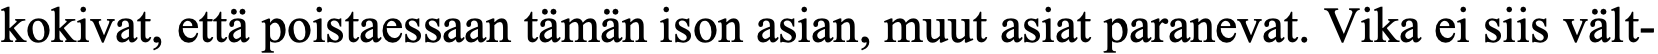
kokivat, että poistaessaan tämän ison asian, muut asiat paranevat. Vika ei siis vält-